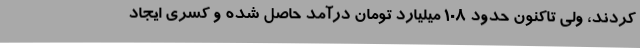
کردند، ولی تاکنون حدود 108 میلیارد تومان درآمد حاصل شده و کسری ایجاد